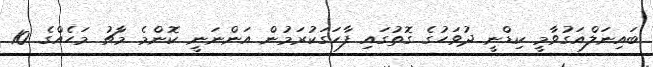
ބައިނަލްއަގުވާމީ ކިޑްނީ ދުވަހުގެ ގޮތުގައި ފާހަގަކުރަމުން އަންނަނީ ކޮންމެ މާޗު މަހެއްގެ 10